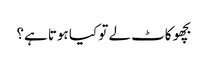
بچھو کاٹ لے تو کیا ہوتا ہے؟